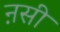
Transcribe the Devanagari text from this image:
ऩसी